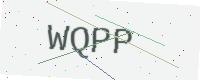
Text: WQPP